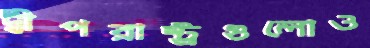
দ্বীপরাষ্ট্রগুলোও